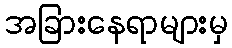
အခြားနေရာများမှ